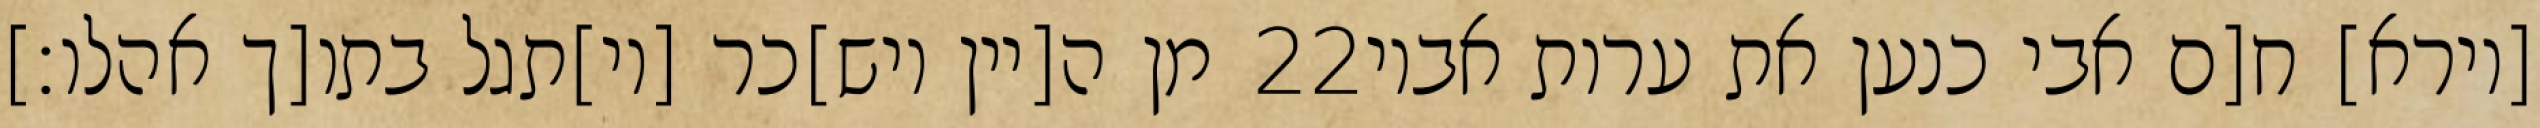
מן ה[יין ויש]כר [וי]תגל בתו[ך אהלו׃] ‎22‏ [וירא] ח[ם אבי כנען את ערות אביו